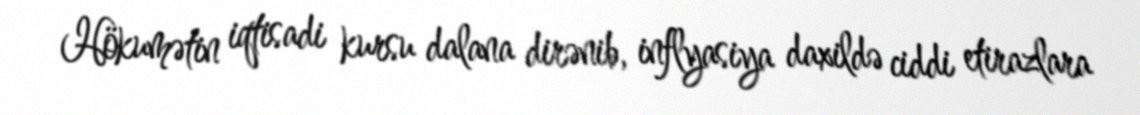
Hökumətin iqtisadi kursu dalana dirənib, inflyasiya daxildə ciddi etirazlara